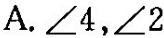
A.∠4，∠2